Annual statistical returns and brief notes on vaccination in Bengal - 1896-1909
Year: 1896
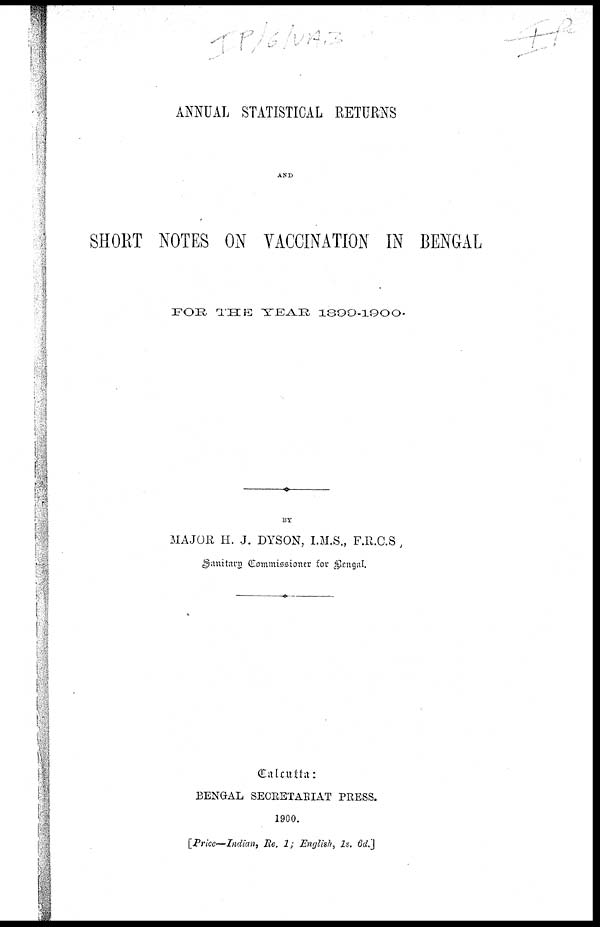
ANNUAL STATISTICAL RETURNS
AND
SHORT NOTES ON VACCINATION IN BENGAL
FOR THE YEAR 1899-1900.
BY
MAJOR H. J. DYSON, I.M.S., F.R.C.S
Sanitary Commissioner for Bengal.
Calcutta:
BENGAL SECRETARIAT PRESS.
1900.
[Price—Indian, Re. 1; English, 1s. 6d.]